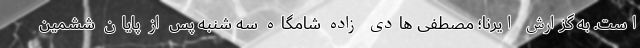
است. به گزارش ایرنا؛ مصطفی هادی زاده شامگاه سه شنبه پس از پایان ششمین